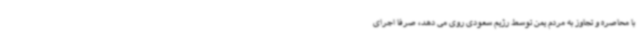
با محاصره و تجاوز به مردم یمن توسط رژیم سعودی روی می دهد، صرفا اجرای